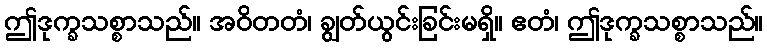
ဤဒုက္ခသစ္စာသည်။ အဝိတတံ၊ ချွတ်ယွင်းခြင်းမရှိ။ ဧတံ၊ ဤဒုက္ခသစ္စာသည်။